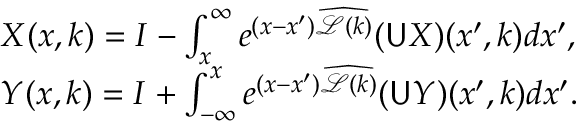
\begin{array} { r l } & { X ( x , k ) = I - \int _ { x } ^ { \infty } e ^ { ( x - x ^ { \prime } ) \widehat { \mathcal { L } ( k ) } } ( \mathsf { U } X ) ( x ^ { \prime } , k ) d x ^ { \prime } , } \\ & { Y ( x , k ) = I + \int _ { - \infty } ^ { x } e ^ { ( x - x ^ { \prime } ) \widehat { \mathcal { L } ( k ) } } ( \mathsf { U } Y ) ( x ^ { \prime } , k ) d x ^ { \prime } . } \end{array}